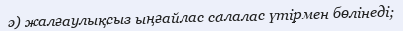
ә) жалғаулықсыз ыңғайлас салалас үтірмен бөлінеді;